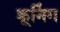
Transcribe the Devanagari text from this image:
क्रूनिंग